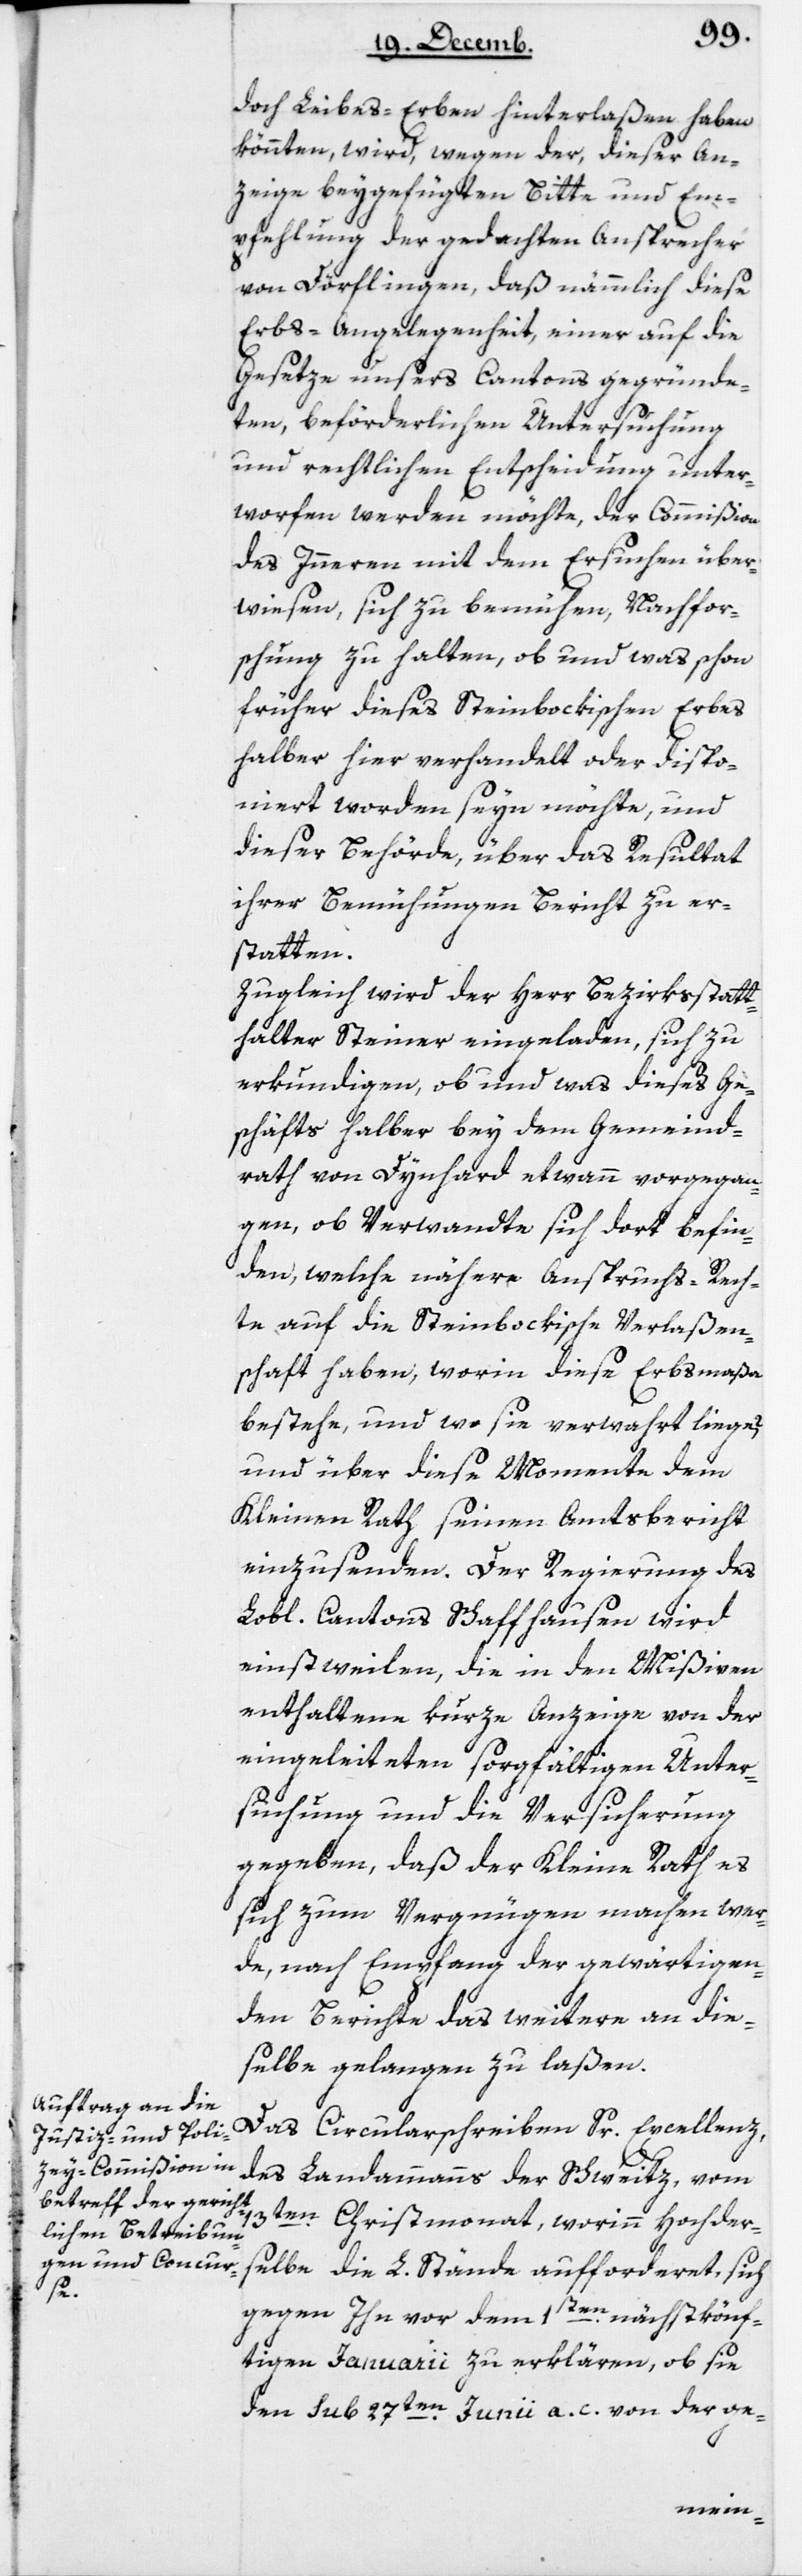
doch Leibes-Erben hinterlaßen haben
könnten, wird, wegen der, dieser An¬
zeige beygefügten Bitte und Em¬
pfehlung der gedachten Ansprecher
von Dörflingen, daß nämlich diese
Erbs-Angelegenheit, einer auf die
Gesetze unsers Cantons gegründe¬
ten, beförderlichen Untersuchung
und rechtlichen Entscheidung unter¬
worfen werden möchte, der Commißion
des Innern mit dem Ersuchen über¬
wiesen, sich zu bemühen, Nachfor¬
schung zu halten, ob und was schon
früher dieses Steinbokischen Erbes
halber hier verhandelt oder dispo¬
niert worden seyn möchte, und
dieser Behörde, über das Resultat
ihrer Bemühungen Bericht zu er¬
statten.
Zugleich wird der Herr Bezirksstatt¬
halter Steiner eingeladen, sich zu
erkundigen, ob und was dieses Ge¬
schäfts halber bey dem Gemeind¬
rath von Dynhard etwann vorgegan¬
gen, ob Verwandte sich dort befin¬
den, welche nähere Anspruchs-Rech¬
te auf die Steinbokische Verlaßen¬
schaft haben, worin diese Erbsmaßa
bestehe, und wo sie verwahrt liege?
Und über diese Momente dem
Kleinen Rath seinen Amtsbericht
einzusenden. Der Regierung des
Lobl. Cantons Schaffhausen wird
einstweilen, die in den Mißiven
enthaltene kurze Anzeige von der
eingeleiteten sorgfältigen Unter¬
suchung und die Versicherung
gegeben, daß der Kleine Rath es
sich zum Vergnügen machen wer¬
de, nach Empfang der gewärtigen¬
den Berichte das Weitere an die¬
selbe gelangen zu laßen.
Das Circularschreiben Sr Excellenz
des Landammanns der Schweitz, vom
13ten Christmonat, worin Hochder¬
selbe die L. Stände aufforderet, sich
gegen ihn vor dem 1sten nächstkönf¬
tigen Januarii zu erklären, ob sie
den Sub 27ten Junii a. c. von der ge-